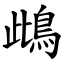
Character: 䳄